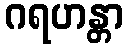
ဂရဟန္တာ